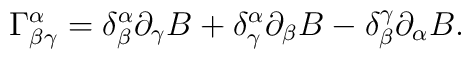
\Gamma^{\alpha}_{\beta \gamma}= \delta^{\alpha}_{\beta}\partial_{\gamma }B+ \delta^{\alpha}_{\gamma}\partial_{\beta} B- \delta_{\beta}^{\gamma}\partial_{\alpha} B.